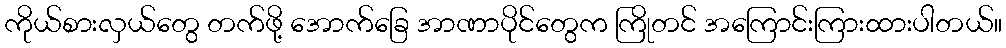
ကိုယ်စားလှယ်တွေ တက်ဖို့ အောက်ခြေ အာဏာပိုင်တွေက ကြိုတင် အကြောင်းကြားထားပါတယ်။